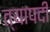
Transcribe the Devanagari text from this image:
त्यापदी